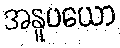
အနူပယော